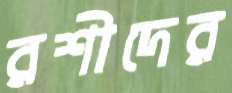
রশীদের